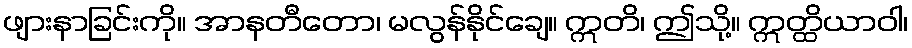
ဖျားနာခြင်းကို။ အာနတီတော၊ မလွန်နိုင်ချေ။ ဣတိ၊ ဤသို့။ ဣတ္ထိယာဝါ၊